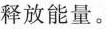
释放能量。